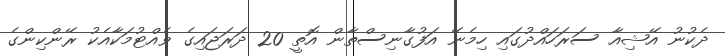
ދެކުނު އޭޝިއާ ސަރަހައްދުގައި ހިމެނޭ އަފުގާނިސްތާން އޮތީ 20 ދަރަޖައިގެ ވެއްޓުމަކާއެކު ރޭންކިންގެ